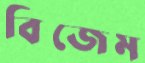
বিজেম